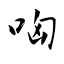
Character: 哅